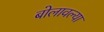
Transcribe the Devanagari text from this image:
बोलावल्या